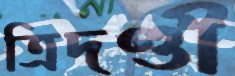
ত্রিদণ্ডী